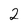
Character: 2